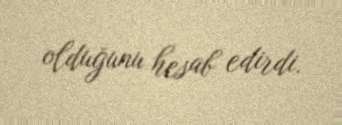
olduğunu hesab edirdi.